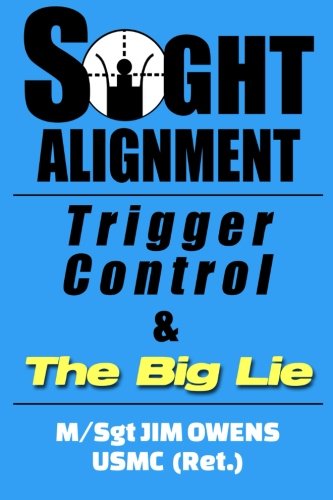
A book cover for Sight Alignment, Trigger Control & The Big Lie; Jim Owens; Sports & Outdoors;